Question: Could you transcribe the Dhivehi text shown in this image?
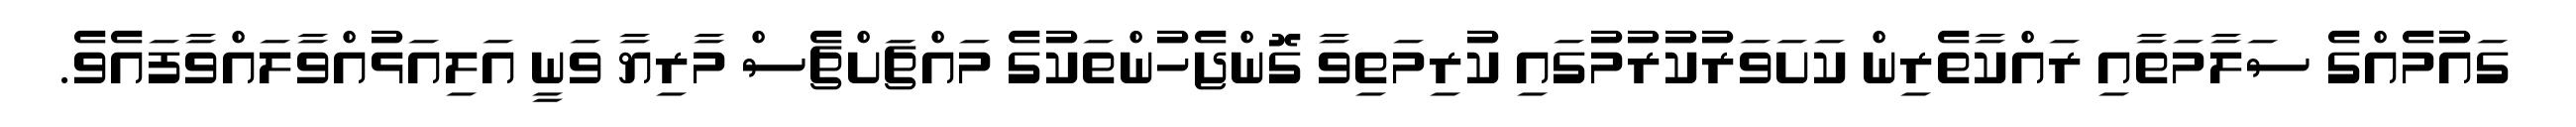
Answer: ގައުމެއްގެ ސަލާމަތާއި ރައްކާތެރިން ކަށަވަރުކުރުމުގައި ކުރިމަތިވާ ގޮންޖެހުންތަކުގެ މައްޗަށްޗެސް މާރިޔާ ވަނީ އަލިއަޅުއްވާލައްވާފައެވެ.